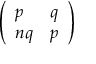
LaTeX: \left( \begin{array} { l l } { p } & { q } \\ { n q } & { p } \end{array} \right)